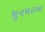
ખૂનખરાબા